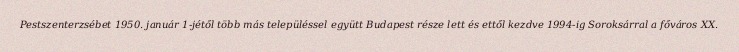
Pestszenterzsébet 1950. január 1-jétől több más településsel együtt Budapest része lett és ettől kezdve 1994-ig Soroksárral a főváros XX.